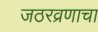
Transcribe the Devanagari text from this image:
जठरव्रणाचा